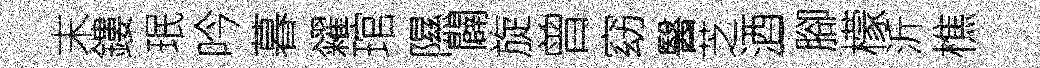
末鏤珉吟暮糴琯隰闢旋曾窈醫芝酒一腳檬沂樵